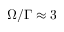
\Omega / \Gamma \approx 3